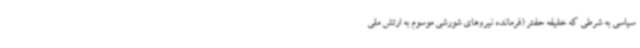
سیاسی به شرطی که خلیفه حفتر (فرمانده نیروهای شورشی موسوم به ارتش ملی